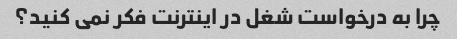
چرا به درخواست شغل در اینترنت فکر نمی کنید؟